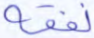
نفقه